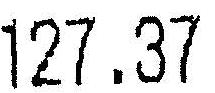
127.37